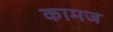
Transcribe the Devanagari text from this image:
कामज